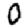
Digit: 0